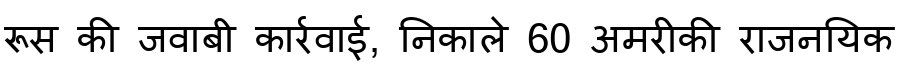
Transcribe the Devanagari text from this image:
रूस की जवाबी कार्रवाई, निकाले 60 अमरीकी राजनयिक